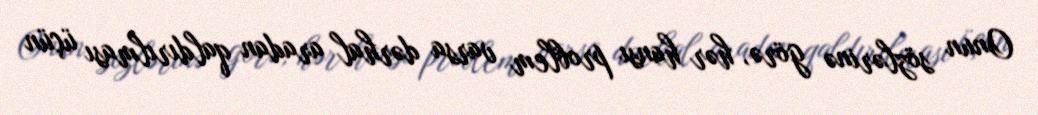
Onun sözlərinə görə, hər hansı problem varsa dərhal aradan qaldırılması üçün